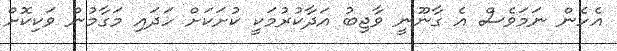
އެހެން ނަމަވެސް އެ ގާނޫނީ ވާޖިބު އަދާކުރުމަކީ ކުށަކަށް ހަދައި މަގާމުން ވަކިކޮށް